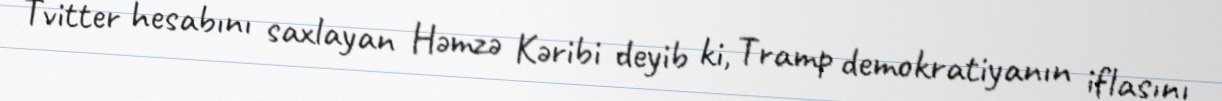
Tvitter hesabını saxlayan Həmzə Kəribi deyib ki, Tramp demokratiyanın iflasını